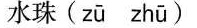
水珠( zū zhū )